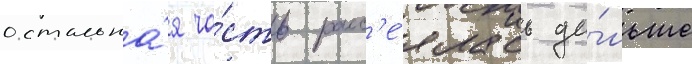
остальна́я ча́сть расс'е́ялась да́льше